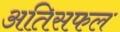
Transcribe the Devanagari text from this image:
अतिसफल